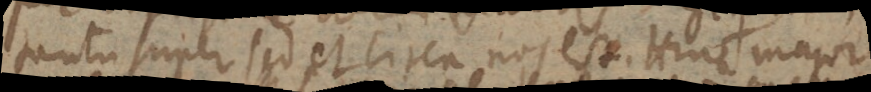
tantum super sed et circa nos est. Hinc major